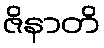
ဇိနာတိ